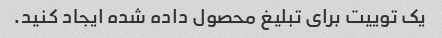
یک توییت برای تبلیغ محصول داده شده ایجاد کنید.